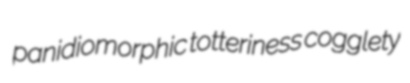
panidiomorphic totteriness cogglety